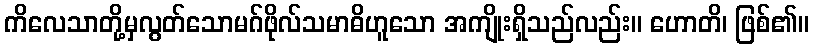
ကိလေသာတို့မှလွတ်သောမဂ်ဖိုလ်သမာဓိဟူသော အကျိုးရှိသည်လည်း။ ဟောတိ၊ ဖြစ်၏။